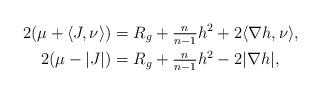
LaTeX: \begin{align*}2(\mu+\langle J,\nu\rangle)&=R_g+\tfrac{n}{n-1}h^2+2\langle \nabla h,\nu\rangle,\\2(\mu -|J|)&=R_g+\tfrac{n}{n-1}h^2-2|\nabla h|,\end{align*}